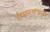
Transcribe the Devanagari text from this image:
हिवाळ्यापासून